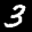
Label: 3